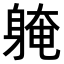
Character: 𨉚